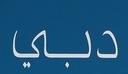
دبي